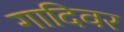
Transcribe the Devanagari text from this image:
गादिवर